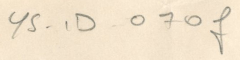
YS - 1D  070f